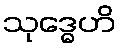
သုဒ္ဓေဟိ